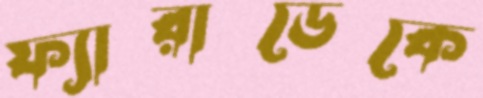
ফ্যারাডেকে